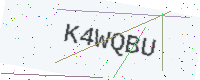
Text: K4WQBU